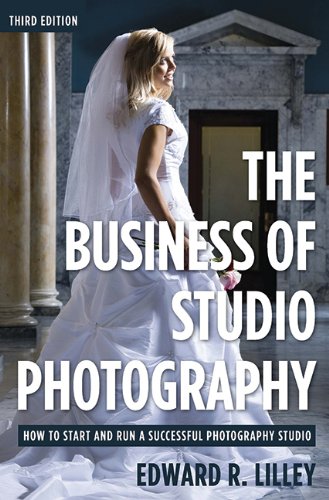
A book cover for The Business of Studio Photography: How to Start and Run a Successful Photography Studio; Edward R. Lilley; Arts & Photography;